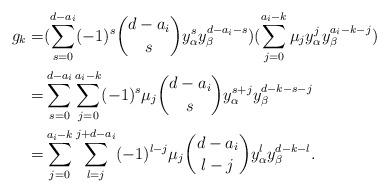
LaTeX: \begin{align*} g_k = & (\sum_{s=0}^{d-a_i}(-1)^s\binom{d-a_i}{s}y^s_\alpha y^{d-a_i-s}_\beta)(\sum_{j=0}^{a_i-k}\mu_jy^j_\alpha y^{a_i-k-j}_\beta) \\=& \sum_{s=0}^{d-a_i}\sum_{j=0}^{a_i-k}(-1)^s\mu_j\binom{d-a_i}{s}y^{s+j}_{\alpha}y^{d-k-s-j}_{\beta}\\=& \sum_{j=0}^{a_i-k}\sum_{l=j}^{j+d-a_i}(-1)^{l-j}\mu_j\binom{d-a_i}{l-j}y^l_\alpha y^{d-k-l}_\beta. \end{align*}